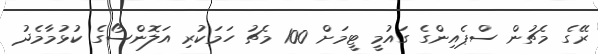
ރޭގެ މެޗުން ސްޕެއިންގެ ގައުމީ ޓީމަށް 100 މެޗު ހަމަކުރި އަލޮންސޯގެ ކުޅުމާމެދު